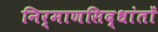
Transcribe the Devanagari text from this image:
निर्माणसिद्धांतों